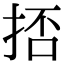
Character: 㧵